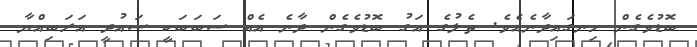
ބޮޑުވެގެން ހިނގައިދާނެއެވެ. ތެލުގެ އަގު ބޮޑުވެގެން ދާނެ އެއް ސަބަބަކީ ސައުދީ އަރަބިއްޔާ